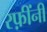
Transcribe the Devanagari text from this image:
रफ़ींनी